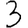
Digit: 3